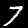
Label: 7